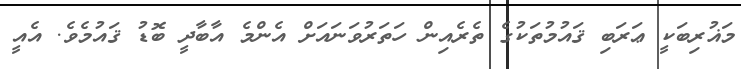
މަޣުރިބަކީ ޢަރަބި ޤައުމުތަކުގެ ތެރެއިން ހަތަރުވަނައަށް އެންމެ އާބާދީ ބޮޑު ޤައުމެވެ. އެއީ